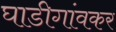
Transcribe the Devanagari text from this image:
घाडीगांवकर